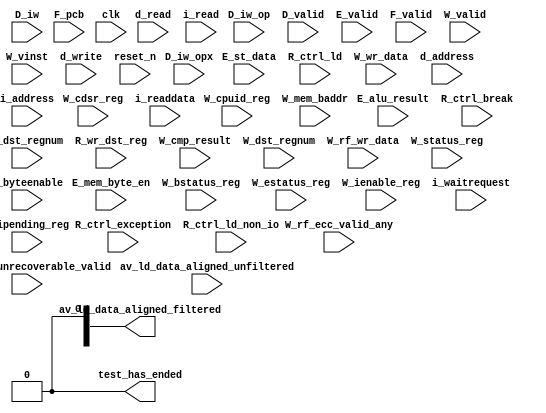
//Legal Notice: (C)2017 Altera Corporation. All rights reserved.  Your
//use of Altera Corporation's design tools, logic functions and other
//software and tools, and its AMPP partner logic functions, and any
//output files any of the foregoing (including device programming or
//simulation files), and any associated documentation or information are
//expressly subject to the terms and conditions of the Altera Program
//License Subscription Agreement or other applicable license agreement,
//including, without limitation, that your use is for the sole purpose
//of programming logic devices manufactured by Altera and sold by Altera
//or its authorized distributors.  Please refer to the applicable
//agreement for further details.

// synthesis translate_off
`timescale 1ns / 1ps
// synthesis translate_on

// turn off superfluous verilog processor warnings 
// altera message_level Level1 
// altera message_off 10034 10035 10036 10037 10230 10240 10030 

module multiprocessor_tutorial_main_system_cpu_top_cpu_test_bench (
                                                                    // inputs:
                                                                     D_iw,
                                                                     D_iw_op,
                                                                     D_iw_opx,
                                                                     D_valid,
                                                                     E_alu_result,
                                                                     E_mem_byte_en,
                                                                     E_st_data,
                                                                     E_valid,
                                                                     F_pcb,
                                                                     F_valid,
                                                                     R_ctrl_break,
                                                                     R_ctrl_exception,
                                                                     R_ctrl_ld,
                                                                     R_ctrl_ld_non_io,
                                                                     R_dst_regnum,
                                                                     R_wr_dst_reg,
                                                                     W_bstatus_reg,
                                                                     W_cdsr_reg,
                                                                     W_cmp_result,
                                                                     W_cpuid_reg,
                                                                     W_dst_regnum,
                                                                     W_estatus_reg,
                                                                     W_ienable_reg,
                                                                     W_ipending_reg,
                                                                     W_mem_baddr,
                                                                     W_rf_ecc_unrecoverable_valid,
                                                                     W_rf_ecc_valid_any,
                                                                     W_rf_wr_data,
                                                                     W_status_reg,
                                                                     W_valid,
                                                                     W_vinst,
                                                                     W_wr_data,
                                                                     av_ld_data_aligned_unfiltered,
                                                                     clk,
                                                                     d_address,
                                                                     d_byteenable,
                                                                     d_read,
                                                                     d_write,
                                                                     i_address,
                                                                     i_read,
                                                                     i_readdata,
                                                                     i_waitrequest,
                                                                     reset_n,

                                                                    // outputs:
                                                                     av_ld_data_aligned_filtered,
                                                                     test_has_ended
                                                                  )
;

  output  [ 31: 0] av_ld_data_aligned_filtered;
  output           test_has_ended;
  input   [ 31: 0] D_iw;
  input   [  5: 0] D_iw_op;
  input   [  5: 0] D_iw_opx;
  input            D_valid;
  input   [ 31: 0] E_alu_result;
  input   [  3: 0] E_mem_byte_en;
  input   [ 31: 0] E_st_data;
  input            E_valid;
  input   [ 18: 0] F_pcb;
  input            F_valid;
  input            R_ctrl_break;
  input            R_ctrl_exception;
  input            R_ctrl_ld;
  input            R_ctrl_ld_non_io;
  input   [  4: 0] R_dst_regnum;
  input            R_wr_dst_reg;
  input            W_bstatus_reg;
  input   [ 31: 0] W_cdsr_reg;
  input            W_cmp_result;
  input   [ 31: 0] W_cpuid_reg;
  input   [  4: 0] W_dst_regnum;
  input            W_estatus_reg;
  input   [ 31: 0] W_ienable_reg;
  input   [ 31: 0] W_ipending_reg;
  input   [ 18: 0] W_mem_baddr;
  input            W_rf_ecc_unrecoverable_valid;
  input            W_rf_ecc_valid_any;
  input   [ 31: 0] W_rf_wr_data;
  input            W_status_reg;
  input            W_valid;
  input   [ 71: 0] W_vinst;
  input   [ 31: 0] W_wr_data;
  input   [ 31: 0] av_ld_data_aligned_unfiltered;
  input            clk;
  input   [ 18: 0] d_address;
  input   [  3: 0] d_byteenable;
  input            d_read;
  input            d_write;
  input   [ 18: 0] i_address;
  input            i_read;
  input   [ 31: 0] i_readdata;
  input            i_waitrequest;
  input            reset_n;


wire             D_is_opx_inst;
wire             D_op_add;
wire             D_op_addi;
wire             D_op_and;
wire             D_op_andhi;
wire             D_op_andi;
wire             D_op_beq;
wire             D_op_bge;
wire             D_op_bgeu;
wire             D_op_blt;
wire             D_op_bltu;
wire             D_op_bne;
wire             D_op_br;
wire             D_op_break;
wire             D_op_bret;
wire             D_op_call;
wire             D_op_callr;
wire             D_op_cmpeq;
wire             D_op_cmpeqi;
wire             D_op_cmpge;
wire             D_op_cmpgei;
wire             D_op_cmpgeu;
wire             D_op_cmpgeui;
wire             D_op_cmplt;
wire             D_op_cmplti;
wire             D_op_cmpltu;
wire             D_op_cmpltui;
wire             D_op_cmpne;
wire             D_op_cmpnei;
wire             D_op_crst;
wire             D_op_custom;
wire             D_op_div;
wire             D_op_divu;
wire             D_op_eret;
wire             D_op_flushd;
wire             D_op_flushda;
wire             D_op_flushi;
wire             D_op_flushp;
wire             D_op_hbreak;
wire             D_op_initd;
wire             D_op_initda;
wire             D_op_initi;
wire             D_op_intr;
wire             D_op_jmp;
wire             D_op_jmpi;
wire             D_op_ldb;
wire             D_op_ldbio;
wire             D_op_ldbu;
wire             D_op_ldbuio;
wire             D_op_ldh;
wire             D_op_ldhio;
wire             D_op_ldhu;
wire             D_op_ldhuio;
wire             D_op_ldl;
wire             D_op_ldw;
wire             D_op_ldwio;
wire             D_op_mul;
wire             D_op_muli;
wire             D_op_mulxss;
wire             D_op_mulxsu;
wire             D_op_mulxuu;
wire             D_op_nextpc;
wire             D_op_nor;
wire             D_op_op_rsv02;
wire             D_op_op_rsv09;
wire             D_op_op_rsv10;
wire             D_op_op_rsv17;
wire             D_op_op_rsv18;
wire             D_op_op_rsv25;
wire             D_op_op_rsv26;
wire             D_op_op_rsv33;
wire             D_op_op_rsv34;
wire             D_op_op_rsv41;
wire             D_op_op_rsv42;
wire             D_op_op_rsv49;
wire             D_op_op_rsv57;
wire             D_op_op_rsv61;
wire             D_op_op_rsv62;
wire             D_op_op_rsv63;
wire             D_op_opx_rsv00;
wire             D_op_opx_rsv10;
wire             D_op_opx_rsv15;
wire             D_op_opx_rsv17;
wire             D_op_opx_rsv21;
wire             D_op_opx_rsv25;
wire             D_op_opx_rsv33;
wire             D_op_opx_rsv34;
wire             D_op_opx_rsv35;
wire             D_op_opx_rsv42;
wire             D_op_opx_rsv43;
wire             D_op_opx_rsv44;
wire             D_op_opx_rsv47;
wire             D_op_opx_rsv50;
wire             D_op_opx_rsv51;
wire             D_op_opx_rsv55;
wire             D_op_opx_rsv56;
wire             D_op_opx_rsv60;
wire             D_op_opx_rsv63;
wire             D_op_or;
wire             D_op_orhi;
wire             D_op_ori;
wire             D_op_rdctl;
wire             D_op_rdprs;
wire             D_op_ret;
wire             D_op_rol;
wire             D_op_roli;
wire             D_op_ror;
wire             D_op_sll;
wire             D_op_slli;
wire             D_op_sra;
wire             D_op_srai;
wire             D_op_srl;
wire             D_op_srli;
wire             D_op_stb;
wire             D_op_stbio;
wire             D_op_stc;
wire             D_op_sth;
wire             D_op_sthio;
wire             D_op_stw;
wire             D_op_stwio;
wire             D_op_sub;
wire             D_op_sync;
wire             D_op_trap;
wire             D_op_wrctl;
wire             D_op_wrprs;
wire             D_op_xor;
wire             D_op_xorhi;
wire             D_op_xori;
reg     [ 31: 0] W_bstatus_reg_prev;
wire             W_bstatus_reg_prev_is_x;
reg     [ 31: 0] W_cdsr_reg_prev;
wire             W_cdsr_reg_prev_is_x;
reg     [ 31: 0] W_cpuid_reg_prev;
wire             W_cpuid_reg_prev_is_x;
reg     [ 31: 0] W_estatus_reg_prev;
wire             W_estatus_reg_prev_is_x;
reg     [ 31: 0] W_ienable_reg_prev;
wire             W_ienable_reg_prev_is_x;
reg     [ 31: 0] W_ipending_reg_prev;
wire             W_ipending_reg_prev_is_x;
reg     [ 31: 0] W_status_reg_prev;
wire             W_status_reg_prev_is_x;
wire    [ 31: 0] av_ld_data_aligned_filtered;
wire             av_ld_data_aligned_unfiltered_0_is_x;
wire             av_ld_data_aligned_unfiltered_10_is_x;
wire             av_ld_data_aligned_unfiltered_11_is_x;
wire             av_ld_data_aligned_unfiltered_12_is_x;
wire             av_ld_data_aligned_unfiltered_13_is_x;
wire             av_ld_data_aligned_unfiltered_14_is_x;
wire             av_ld_data_aligned_unfiltered_15_is_x;
wire             av_ld_data_aligned_unfiltered_16_is_x;
wire             av_ld_data_aligned_unfiltered_17_is_x;
wire             av_ld_data_aligned_unfiltered_18_is_x;
wire             av_ld_data_aligned_unfiltered_19_is_x;
wire             av_ld_data_aligned_unfiltered_1_is_x;
wire             av_ld_data_aligned_unfiltered_20_is_x;
wire             av_ld_data_aligned_unfiltered_21_is_x;
wire             av_ld_data_aligned_unfiltered_22_is_x;
wire             av_ld_data_aligned_unfiltered_23_is_x;
wire             av_ld_data_aligned_unfiltered_24_is_x;
wire             av_ld_data_aligned_unfiltered_25_is_x;
wire             av_ld_data_aligned_unfiltered_26_is_x;
wire             av_ld_data_aligned_unfiltered_27_is_x;
wire             av_ld_data_aligned_unfiltered_28_is_x;
wire             av_ld_data_aligned_unfiltered_29_is_x;
wire             av_ld_data_aligned_unfiltered_2_is_x;
wire             av_ld_data_aligned_unfiltered_30_is_x;
wire             av_ld_data_aligned_unfiltered_31_is_x;
wire             av_ld_data_aligned_unfiltered_3_is_x;
wire             av_ld_data_aligned_unfiltered_4_is_x;
wire             av_ld_data_aligned_unfiltered_5_is_x;
wire             av_ld_data_aligned_unfiltered_6_is_x;
wire             av_ld_data_aligned_unfiltered_7_is_x;
wire             av_ld_data_aligned_unfiltered_8_is_x;
wire             av_ld_data_aligned_unfiltered_9_is_x;
wire             test_has_ended;
  assign D_op_call = D_iw_op == 0;
  assign D_op_jmpi = D_iw_op == 1;
  assign D_op_op_rsv02 = D_iw_op == 2;
  assign D_op_ldbu = D_iw_op == 3;
  assign D_op_addi = D_iw_op == 4;
  assign D_op_stb = D_iw_op == 5;
  assign D_op_br = D_iw_op == 6;
  assign D_op_ldb = D_iw_op == 7;
  assign D_op_cmpgei = D_iw_op == 8;
  assign D_op_op_rsv09 = D_iw_op == 9;
  assign D_op_op_rsv10 = D_iw_op == 10;
  assign D_op_ldhu = D_iw_op == 11;
  assign D_op_andi = D_iw_op == 12;
  assign D_op_sth = D_iw_op == 13;
  assign D_op_bge = D_iw_op == 14;
  assign D_op_ldh = D_iw_op == 15;
  assign D_op_cmplti = D_iw_op == 16;
  assign D_op_op_rsv17 = D_iw_op == 17;
  assign D_op_op_rsv18 = D_iw_op == 18;
  assign D_op_initda = D_iw_op == 19;
  assign D_op_ori = D_iw_op == 20;
  assign D_op_stw = D_iw_op == 21;
  assign D_op_blt = D_iw_op == 22;
  assign D_op_ldw = D_iw_op == 23;
  assign D_op_cmpnei = D_iw_op == 24;
  assign D_op_op_rsv25 = D_iw_op == 25;
  assign D_op_op_rsv26 = D_iw_op == 26;
  assign D_op_flushda = D_iw_op == 27;
  assign D_op_xori = D_iw_op == 28;
  assign D_op_stc = D_iw_op == 29;
  assign D_op_bne = D_iw_op == 30;
  assign D_op_ldl = D_iw_op == 31;
  assign D_op_cmpeqi = D_iw_op == 32;
  assign D_op_op_rsv33 = D_iw_op == 33;
  assign D_op_op_rsv34 = D_iw_op == 34;
  assign D_op_ldbuio = D_iw_op == 35;
  assign D_op_muli = D_iw_op == 36;
  assign D_op_stbio = D_iw_op == 37;
  assign D_op_beq = D_iw_op == 38;
  assign D_op_ldbio = D_iw_op == 39;
  assign D_op_cmpgeui = D_iw_op == 40;
  assign D_op_op_rsv41 = D_iw_op == 41;
  assign D_op_op_rsv42 = D_iw_op == 42;
  assign D_op_ldhuio = D_iw_op == 43;
  assign D_op_andhi = D_iw_op == 44;
  assign D_op_sthio = D_iw_op == 45;
  assign D_op_bgeu = D_iw_op == 46;
  assign D_op_ldhio = D_iw_op == 47;
  assign D_op_cmpltui = D_iw_op == 48;
  assign D_op_op_rsv49 = D_iw_op == 49;
  assign D_op_custom = D_iw_op == 50;
  assign D_op_initd = D_iw_op == 51;
  assign D_op_orhi = D_iw_op == 52;
  assign D_op_stwio = D_iw_op == 53;
  assign D_op_bltu = D_iw_op == 54;
  assign D_op_ldwio = D_iw_op == 55;
  assign D_op_rdprs = D_iw_op == 56;
  assign D_op_op_rsv57 = D_iw_op == 57;
  assign D_op_flushd = D_iw_op == 59;
  assign D_op_xorhi = D_iw_op == 60;
  assign D_op_op_rsv61 = D_iw_op == 61;
  assign D_op_op_rsv62 = D_iw_op == 62;
  assign D_op_op_rsv63 = D_iw_op == 63;
  assign D_op_opx_rsv00 = (D_iw_opx == 0) & D_is_opx_inst;
  assign D_op_eret = (D_iw_opx == 1) & D_is_opx_inst;
  assign D_op_roli = (D_iw_opx == 2) & D_is_opx_inst;
  assign D_op_rol = (D_iw_opx == 3) & D_is_opx_inst;
  assign D_op_flushp = (D_iw_opx == 4) & D_is_opx_inst;
  assign D_op_ret = (D_iw_opx == 5) & D_is_opx_inst;
  assign D_op_nor = (D_iw_opx == 6) & D_is_opx_inst;
  assign D_op_mulxuu = (D_iw_opx == 7) & D_is_opx_inst;
  assign D_op_cmpge = (D_iw_opx == 8) & D_is_opx_inst;
  assign D_op_bret = (D_iw_opx == 9) & D_is_opx_inst;
  assign D_op_opx_rsv10 = (D_iw_opx == 10) & D_is_opx_inst;
  assign D_op_ror = (D_iw_opx == 11) & D_is_opx_inst;
  assign D_op_flushi = (D_iw_opx == 12) & D_is_opx_inst;
  assign D_op_jmp = (D_iw_opx == 13) & D_is_opx_inst;
  assign D_op_and = (D_iw_opx == 14) & D_is_opx_inst;
  assign D_op_opx_rsv15 = (D_iw_opx == 15) & D_is_opx_inst;
  assign D_op_cmplt = (D_iw_opx == 16) & D_is_opx_inst;
  assign D_op_opx_rsv17 = (D_iw_opx == 17) & D_is_opx_inst;
  assign D_op_slli = (D_iw_opx == 18) & D_is_opx_inst;
  assign D_op_sll = (D_iw_opx == 19) & D_is_opx_inst;
  assign D_op_wrprs = (D_iw_opx == 20) & D_is_opx_inst;
  assign D_op_opx_rsv21 = (D_iw_opx == 21) & D_is_opx_inst;
  assign D_op_or = (D_iw_opx == 22) & D_is_opx_inst;
  assign D_op_mulxsu = (D_iw_opx == 23) & D_is_opx_inst;
  assign D_op_cmpne = (D_iw_opx == 24) & D_is_opx_inst;
  assign D_op_opx_rsv25 = (D_iw_opx == 25) & D_is_opx_inst;
  assign D_op_srli = (D_iw_opx == 26) & D_is_opx_inst;
  assign D_op_srl = (D_iw_opx == 27) & D_is_opx_inst;
  assign D_op_nextpc = (D_iw_opx == 28) & D_is_opx_inst;
  assign D_op_callr = (D_iw_opx == 29) & D_is_opx_inst;
  assign D_op_xor = (D_iw_opx == 30) & D_is_opx_inst;
  assign D_op_mulxss = (D_iw_opx == 31) & D_is_opx_inst;
  assign D_op_cmpeq = (D_iw_opx == 32) & D_is_opx_inst;
  assign D_op_opx_rsv33 = (D_iw_opx == 33) & D_is_opx_inst;
  assign D_op_opx_rsv34 = (D_iw_opx == 34) & D_is_opx_inst;
  assign D_op_opx_rsv35 = (D_iw_opx == 35) & D_is_opx_inst;
  assign D_op_divu = (D_iw_opx == 36) & D_is_opx_inst;
  assign D_op_div = (D_iw_opx == 37) & D_is_opx_inst;
  assign D_op_rdctl = (D_iw_opx == 38) & D_is_opx_inst;
  assign D_op_mul = (D_iw_opx == 39) & D_is_opx_inst;
  assign D_op_cmpgeu = (D_iw_opx == 40) & D_is_opx_inst;
  assign D_op_initi = (D_iw_opx == 41) & D_is_opx_inst;
  assign D_op_opx_rsv42 = (D_iw_opx == 42) & D_is_opx_inst;
  assign D_op_opx_rsv43 = (D_iw_opx == 43) & D_is_opx_inst;
  assign D_op_opx_rsv44 = (D_iw_opx == 44) & D_is_opx_inst;
  assign D_op_trap = (D_iw_opx == 45) & D_is_opx_inst;
  assign D_op_wrctl = (D_iw_opx == 46) & D_is_opx_inst;
  assign D_op_opx_rsv47 = (D_iw_opx == 47) & D_is_opx_inst;
  assign D_op_cmpltu = (D_iw_opx == 48) & D_is_opx_inst;
  assign D_op_add = (D_iw_opx == 49) & D_is_opx_inst;
  assign D_op_opx_rsv50 = (D_iw_opx == 50) & D_is_opx_inst;
  assign D_op_opx_rsv51 = (D_iw_opx == 51) & D_is_opx_inst;
  assign D_op_break = (D_iw_opx == 52) & D_is_opx_inst;
  assign D_op_hbreak = (D_iw_opx == 53) & D_is_opx_inst;
  assign D_op_sync = (D_iw_opx == 54) & D_is_opx_inst;
  assign D_op_opx_rsv55 = (D_iw_opx == 55) & D_is_opx_inst;
  assign D_op_opx_rsv56 = (D_iw_opx == 56) & D_is_opx_inst;
  assign D_op_sub = (D_iw_opx == 57) & D_is_opx_inst;
  assign D_op_srai = (D_iw_opx == 58) & D_is_opx_inst;
  assign D_op_sra = (D_iw_opx == 59) & D_is_opx_inst;
  assign D_op_opx_rsv60 = (D_iw_opx == 60) & D_is_opx_inst;
  assign D_op_intr = (D_iw_opx == 61) & D_is_opx_inst;
  assign D_op_crst = (D_iw_opx == 62) & D_is_opx_inst;
  assign D_op_opx_rsv63 = (D_iw_opx == 63) & D_is_opx_inst;
  assign D_is_opx_inst = D_iw_op == 58;
  assign test_has_ended = 1'b0;

//synthesis translate_off
//////////////// SIMULATION-ONLY CONTENTS
  //Clearing 'X' data bits
  assign av_ld_data_aligned_unfiltered_0_is_x = ^(av_ld_data_aligned_unfiltered[0]) === 1'bx;

  assign av_ld_data_aligned_filtered[0] = (av_ld_data_aligned_unfiltered_0_is_x & (R_ctrl_ld_non_io)) ? 1'b0 : av_ld_data_aligned_unfiltered[0];
  assign av_ld_data_aligned_unfiltered_1_is_x = ^(av_ld_data_aligned_unfiltered[1]) === 1'bx;
  assign av_ld_data_aligned_filtered[1] = (av_ld_data_aligned_unfiltered_1_is_x & (R_ctrl_ld_non_io)) ? 1'b0 : av_ld_data_aligned_unfiltered[1];
  assign av_ld_data_aligned_unfiltered_2_is_x = ^(av_ld_data_aligned_unfiltered[2]) === 1'bx;
  assign av_ld_data_aligned_filtered[2] = (av_ld_data_aligned_unfiltered_2_is_x & (R_ctrl_ld_non_io)) ? 1'b0 : av_ld_data_aligned_unfiltered[2];
  assign av_ld_data_aligned_unfiltered_3_is_x = ^(av_ld_data_aligned_unfiltered[3]) === 1'bx;
  assign av_ld_data_aligned_filtered[3] = (av_ld_data_aligned_unfiltered_3_is_x & (R_ctrl_ld_non_io)) ? 1'b0 : av_ld_data_aligned_unfiltered[3];
  assign av_ld_data_aligned_unfiltered_4_is_x = ^(av_ld_data_aligned_unfiltered[4]) === 1'bx;
  assign av_ld_data_aligned_filtered[4] = (av_ld_data_aligned_unfiltered_4_is_x & (R_ctrl_ld_non_io)) ? 1'b0 : av_ld_data_aligned_unfiltered[4];
  assign av_ld_data_aligned_unfiltered_5_is_x = ^(av_ld_data_aligned_unfiltered[5]) === 1'bx;
  assign av_ld_data_aligned_filtered[5] = (av_ld_data_aligned_unfiltered_5_is_x & (R_ctrl_ld_non_io)) ? 1'b0 : av_ld_data_aligned_unfiltered[5];
  assign av_ld_data_aligned_unfiltered_6_is_x = ^(av_ld_data_aligned_unfiltered[6]) === 1'bx;
  assign av_ld_data_aligned_filtered[6] = (av_ld_data_aligned_unfiltered_6_is_x & (R_ctrl_ld_non_io)) ? 1'b0 : av_ld_data_aligned_unfiltered[6];
  assign av_ld_data_aligned_unfiltered_7_is_x = ^(av_ld_data_aligned_unfiltered[7]) === 1'bx;
  assign av_ld_data_aligned_filtered[7] = (av_ld_data_aligned_unfiltered_7_is_x & (R_ctrl_ld_non_io)) ? 1'b0 : av_ld_data_aligned_unfiltered[7];
  assign av_ld_data_aligned_unfiltered_8_is_x = ^(av_ld_data_aligned_unfiltered[8]) === 1'bx;
  assign av_ld_data_aligned_filtered[8] = (av_ld_data_aligned_unfiltered_8_is_x & (R_ctrl_ld_non_io)) ? 1'b0 : av_ld_data_aligned_unfiltered[8];
  assign av_ld_data_aligned_unfiltered_9_is_x = ^(av_ld_data_aligned_unfiltered[9]) === 1'bx;
  assign av_ld_data_aligned_filtered[9] = (av_ld_data_aligned_unfiltered_9_is_x & (R_ctrl_ld_non_io)) ? 1'b0 : av_ld_data_aligned_unfiltered[9];
  assign av_ld_data_aligned_unfiltered_10_is_x = ^(av_ld_data_aligned_unfiltered[10]) === 1'bx;
  assign av_ld_data_aligned_filtered[10] = (av_ld_data_aligned_unfiltered_10_is_x & (R_ctrl_ld_non_io)) ? 1'b0 : av_ld_data_aligned_unfiltered[10];
  assign av_ld_data_aligned_unfiltered_11_is_x = ^(av_ld_data_aligned_unfiltered[11]) === 1'bx;
  assign av_ld_data_aligned_filtered[11] = (av_ld_data_aligned_unfiltered_11_is_x & (R_ctrl_ld_non_io)) ? 1'b0 : av_ld_data_aligned_unfiltered[11];
  assign av_ld_data_aligned_unfiltered_12_is_x = ^(av_ld_data_aligned_unfiltered[12]) === 1'bx;
  assign av_ld_data_aligned_filtered[12] = (av_ld_data_aligned_unfiltered_12_is_x & (R_ctrl_ld_non_io)) ? 1'b0 : av_ld_data_aligned_unfiltered[12];
  assign av_ld_data_aligned_unfiltered_13_is_x = ^(av_ld_data_aligned_unfiltered[13]) === 1'bx;
  assign av_ld_data_aligned_filtered[13] = (av_ld_data_aligned_unfiltered_13_is_x & (R_ctrl_ld_non_io)) ? 1'b0 : av_ld_data_aligned_unfiltered[13];
  assign av_ld_data_aligned_unfiltered_14_is_x = ^(av_ld_data_aligned_unfiltered[14]) === 1'bx;
  assign av_ld_data_aligned_filtered[14] = (av_ld_data_aligned_unfiltered_14_is_x & (R_ctrl_ld_non_io)) ? 1'b0 : av_ld_data_aligned_unfiltered[14];
  assign av_ld_data_aligned_unfiltered_15_is_x = ^(av_ld_data_aligned_unfiltered[15]) === 1'bx;
  assign av_ld_data_aligned_filtered[15] = (av_ld_data_aligned_unfiltered_15_is_x & (R_ctrl_ld_non_io)) ? 1'b0 : av_ld_data_aligned_unfiltered[15];
  assign av_ld_data_aligned_unfiltered_16_is_x = ^(av_ld_data_aligned_unfiltered[16]) === 1'bx;
  assign av_ld_data_aligned_filtered[16] = (av_ld_data_aligned_unfiltered_16_is_x & (R_ctrl_ld_non_io)) ? 1'b0 : av_ld_data_aligned_unfiltered[16];
  assign av_ld_data_aligned_unfiltered_17_is_x = ^(av_ld_data_aligned_unfiltered[17]) === 1'bx;
  assign av_ld_data_aligned_filtered[17] = (av_ld_data_aligned_unfiltered_17_is_x & (R_ctrl_ld_non_io)) ? 1'b0 : av_ld_data_aligned_unfiltered[17];
  assign av_ld_data_aligned_unfiltered_18_is_x = ^(av_ld_data_aligned_unfiltered[18]) === 1'bx;
  assign av_ld_data_aligned_filtered[18] = (av_ld_data_aligned_unfiltered_18_is_x & (R_ctrl_ld_non_io)) ? 1'b0 : av_ld_data_aligned_unfiltered[18];
  assign av_ld_data_aligned_unfiltered_19_is_x = ^(av_ld_data_aligned_unfiltered[19]) === 1'bx;
  assign av_ld_data_aligned_filtered[19] = (av_ld_data_aligned_unfiltered_19_is_x & (R_ctrl_ld_non_io)) ? 1'b0 : av_ld_data_aligned_unfiltered[19];
  assign av_ld_data_aligned_unfiltered_20_is_x = ^(av_ld_data_aligned_unfiltered[20]) === 1'bx;
  assign av_ld_data_aligned_filtered[20] = (av_ld_data_aligned_unfiltered_20_is_x & (R_ctrl_ld_non_io)) ? 1'b0 : av_ld_data_aligned_unfiltered[20];
  assign av_ld_data_aligned_unfiltered_21_is_x = ^(av_ld_data_aligned_unfiltered[21]) === 1'bx;
  assign av_ld_data_aligned_filtered[21] = (av_ld_data_aligned_unfiltered_21_is_x & (R_ctrl_ld_non_io)) ? 1'b0 : av_ld_data_aligned_unfiltered[21];
  assign av_ld_data_aligned_unfiltered_22_is_x = ^(av_ld_data_aligned_unfiltered[22]) === 1'bx;
  assign av_ld_data_aligned_filtered[22] = (av_ld_data_aligned_unfiltered_22_is_x & (R_ctrl_ld_non_io)) ? 1'b0 : av_ld_data_aligned_unfiltered[22];
  assign av_ld_data_aligned_unfiltered_23_is_x = ^(av_ld_data_aligned_unfiltered[23]) === 1'bx;
  assign av_ld_data_aligned_filtered[23] = (av_ld_data_aligned_unfiltered_23_is_x & (R_ctrl_ld_non_io)) ? 1'b0 : av_ld_data_aligned_unfiltered[23];
  assign av_ld_data_aligned_unfiltered_24_is_x = ^(av_ld_data_aligned_unfiltered[24]) === 1'bx;
  assign av_ld_data_aligned_filtered[24] = (av_ld_data_aligned_unfiltered_24_is_x & (R_ctrl_ld_non_io)) ? 1'b0 : av_ld_data_aligned_unfiltered[24];
  assign av_ld_data_aligned_unfiltered_25_is_x = ^(av_ld_data_aligned_unfiltered[25]) === 1'bx;
  assign av_ld_data_aligned_filtered[25] = (av_ld_data_aligned_unfiltered_25_is_x & (R_ctrl_ld_non_io)) ? 1'b0 : av_ld_data_aligned_unfiltered[25];
  assign av_ld_data_aligned_unfiltered_26_is_x = ^(av_ld_data_aligned_unfiltered[26]) === 1'bx;
  assign av_ld_data_aligned_filtered[26] = (av_ld_data_aligned_unfiltered_26_is_x & (R_ctrl_ld_non_io)) ? 1'b0 : av_ld_data_aligned_unfiltered[26];
  assign av_ld_data_aligned_unfiltered_27_is_x = ^(av_ld_data_aligned_unfiltered[27]) === 1'bx;
  assign av_ld_data_aligned_filtered[27] = (av_ld_data_aligned_unfiltered_27_is_x & (R_ctrl_ld_non_io)) ? 1'b0 : av_ld_data_aligned_unfiltered[27];
  assign av_ld_data_aligned_unfiltered_28_is_x = ^(av_ld_data_aligned_unfiltered[28]) === 1'bx;
  assign av_ld_data_aligned_filtered[28] = (av_ld_data_aligned_unfiltered_28_is_x & (R_ctrl_ld_non_io)) ? 1'b0 : av_ld_data_aligned_unfiltered[28];
  assign av_ld_data_aligned_unfiltered_29_is_x = ^(av_ld_data_aligned_unfiltered[29]) === 1'bx;
  assign av_ld_data_aligned_filtered[29] = (av_ld_data_aligned_unfiltered_29_is_x & (R_ctrl_ld_non_io)) ? 1'b0 : av_ld_data_aligned_unfiltered[29];
  assign av_ld_data_aligned_unfiltered_30_is_x = ^(av_ld_data_aligned_unfiltered[30]) === 1'bx;
  assign av_ld_data_aligned_filtered[30] = (av_ld_data_aligned_unfiltered_30_is_x & (R_ctrl_ld_non_io)) ? 1'b0 : av_ld_data_aligned_unfiltered[30];
  assign av_ld_data_aligned_unfiltered_31_is_x = ^(av_ld_data_aligned_unfiltered[31]) === 1'bx;
  assign av_ld_data_aligned_filtered[31] = (av_ld_data_aligned_unfiltered_31_is_x & (R_ctrl_ld_non_io)) ? 1'b0 : av_ld_data_aligned_unfiltered[31];
  always @(posedge clk)
    begin
      if (reset_n)
          if (^(F_valid) === 1'bx)
            begin
              $write("%0d ns: ERROR: multiprocessor_tutorial_main_system_cpu_top_cpu_test_bench/F_valid is 'x'\n", $time);
              $stop;
            end
    end


  always @(posedge clk)
    begin
      if (reset_n)
          if (^(D_valid) === 1'bx)
            begin
              $write("%0d ns: ERROR: multiprocessor_tutorial_main_system_cpu_top_cpu_test_bench/D_valid is 'x'\n", $time);
              $stop;
            end
    end


  always @(posedge clk)
    begin
      if (reset_n)
          if (^(E_valid) === 1'bx)
            begin
              $write("%0d ns: ERROR: multiprocessor_tutorial_main_system_cpu_top_cpu_test_bench/E_valid is 'x'\n", $time);
              $stop;
            end
    end


  always @(posedge clk)
    begin
      if (reset_n)
          if (^(W_valid) === 1'bx)
            begin
              $write("%0d ns: ERROR: multiprocessor_tutorial_main_system_cpu_top_cpu_test_bench/W_valid is 'x'\n", $time);
              $stop;
            end
    end


  always @(posedge clk or negedge reset_n)
    begin
      if (reset_n == 0)
        begin
        end
      else if (W_valid)
          if (^(R_wr_dst_reg) === 1'bx)
            begin
              $write("%0d ns: ERROR: multiprocessor_tutorial_main_system_cpu_top_cpu_test_bench/R_wr_dst_reg is 'x'\n", $time);
              $stop;
            end
    end


  always @(posedge clk or negedge reset_n)
    begin
      if (reset_n == 0)
        begin
        end
      else if (W_valid & R_wr_dst_reg)
          if (^(W_wr_data) === 1'bx)
            begin
              $write("%0d ns: ERROR: multiprocessor_tutorial_main_system_cpu_top_cpu_test_bench/W_wr_data is 'x'\n", $time);
              $stop;
            end
    end


  always @(posedge clk or negedge reset_n)
    begin
      if (reset_n == 0)
        begin
        end
      else if (W_valid & R_wr_dst_reg)
          if (^(R_dst_regnum) === 1'bx)
            begin
              $write("%0d ns: ERROR: multiprocessor_tutorial_main_system_cpu_top_cpu_test_bench/R_dst_regnum is 'x'\n", $time);
              $stop;
            end
    end


  always @(posedge clk)
    begin
      if (reset_n)
          if (^(d_write) === 1'bx)
            begin
              $write("%0d ns: ERROR: multiprocessor_tutorial_main_system_cpu_top_cpu_test_bench/d_write is 'x'\n", $time);
              $stop;
            end
    end


  always @(posedge clk or negedge reset_n)
    begin
      if (reset_n == 0)
        begin
        end
      else if (d_write)
          if (^(d_byteenable) === 1'bx)
            begin
              $write("%0d ns: ERROR: multiprocessor_tutorial_main_system_cpu_top_cpu_test_bench/d_byteenable is 'x'\n", $time);
              $stop;
            end
    end


  always @(posedge clk or negedge reset_n)
    begin
      if (reset_n == 0)
        begin
        end
      else if (d_write | d_read)
          if (^(d_address) === 1'bx)
            begin
              $write("%0d ns: ERROR: multiprocessor_tutorial_main_system_cpu_top_cpu_test_bench/d_address is 'x'\n", $time);
              $stop;
            end
    end


  always @(posedge clk)
    begin
      if (reset_n)
          if (^(d_read) === 1'bx)
            begin
              $write("%0d ns: ERROR: multiprocessor_tutorial_main_system_cpu_top_cpu_test_bench/d_read is 'x'\n", $time);
              $stop;
            end
    end


  always @(posedge clk)
    begin
      if (reset_n)
          if (^(i_read) === 1'bx)
            begin
              $write("%0d ns: ERROR: multiprocessor_tutorial_main_system_cpu_top_cpu_test_bench/i_read is 'x'\n", $time);
              $stop;
            end
    end


  always @(posedge clk or negedge reset_n)
    begin
      if (reset_n == 0)
        begin
        end
      else if (i_read)
          if (^(i_address) === 1'bx)
            begin
              $write("%0d ns: ERROR: multiprocessor_tutorial_main_system_cpu_top_cpu_test_bench/i_address is 'x'\n", $time);
              $stop;
            end
    end


  always @(posedge clk or negedge reset_n)
    begin
      if (reset_n == 0)
        begin
        end
      else if (i_read & ~i_waitrequest)
          if (^(i_readdata) === 1'bx)
            begin
              $write("%0d ns: ERROR: multiprocessor_tutorial_main_system_cpu_top_cpu_test_bench/i_readdata is 'x'\n", $time);
              $stop;
            end
    end


  always @(posedge clk or negedge reset_n)
    begin
      if (reset_n == 0)
        begin
        end
      else if (W_valid & R_ctrl_ld)
          if (^(av_ld_data_aligned_unfiltered) === 1'bx)
            begin
              $write("%0d ns: WARNING: multiprocessor_tutorial_main_system_cpu_top_cpu_test_bench/av_ld_data_aligned_unfiltered is 'x'\n", $time);
            end
    end


  always @(posedge clk or negedge reset_n)
    begin
      if (reset_n == 0)
        begin
        end
      else if (W_valid & R_wr_dst_reg)
          if (^(W_wr_data) === 1'bx)
            begin
              $write("%0d ns: WARNING: multiprocessor_tutorial_main_system_cpu_top_cpu_test_bench/W_wr_data is 'x'\n", $time);
            end
    end


  
  reg [31:0] trace_handle; // for $fopen
  initial  
  begin
    trace_handle = $fopen("multiprocessor_tutorial_main_system_cpu_top_cpu.tr");
    $fwrite(trace_handle, "HeaderStart\nVersion 0\nCpuCoreName NiosII/e2\nCpuInstanceName multiprocessor_tutorial_main_system_cpu_top_cpu\nCpuArchName Nios2\nCpuArchRev R1\nCtrlRegPresent 0\nCtrlRegPresent 1\nCtrlRegPresent 2\nCtrlRegPresent 3\nCtrlRegPresent 4\nCtrlRegPresent 5\nCtrlRegPresent 1f\nHeaderEnd\n");
  end
  assign W_status_reg_prev_is_x = ^(W_status_reg_prev) === 1'bx;
  assign W_estatus_reg_prev_is_x = ^(W_estatus_reg_prev) === 1'bx;
  assign W_bstatus_reg_prev_is_x = ^(W_bstatus_reg_prev) === 1'bx;
  assign W_ienable_reg_prev_is_x = ^(W_ienable_reg_prev) === 1'bx;
  assign W_ipending_reg_prev_is_x = ^(W_ipending_reg_prev) === 1'bx;
  assign W_cpuid_reg_prev_is_x = ^(W_cpuid_reg_prev) === 1'bx;
  assign W_cdsr_reg_prev_is_x = ^(W_cdsr_reg_prev) === 1'bx;
  always @(posedge clk)
    begin
      if (~test_has_ended)
        begin
          if ((W_status_reg != W_status_reg_prev) || W_status_reg_prev_is_x)
            begin
              $fwrite(trace_handle, "%0d ns: %0h,%0h,%0h\n", $time, 4, 0, W_status_reg);
              W_status_reg_prev <= W_status_reg;
            end
          if ((W_estatus_reg != W_estatus_reg_prev) || W_estatus_reg_prev_is_x)
            begin
              $fwrite(trace_handle, "%0d ns: %0h,%0h,%0h\n", $time, 4, 1, W_estatus_reg);
              W_estatus_reg_prev <= W_estatus_reg;
            end
          if ((W_bstatus_reg != W_bstatus_reg_prev) || W_bstatus_reg_prev_is_x)
            begin
              $fwrite(trace_handle, "%0d ns: %0h,%0h,%0h\n", $time, 4, 2, W_bstatus_reg);
              W_bstatus_reg_prev <= W_bstatus_reg;
            end
          if ((W_ienable_reg != W_ienable_reg_prev) || W_ienable_reg_prev_is_x)
            begin
              $fwrite(trace_handle, "%0d ns: %0h,%0h,%0h\n", $time, 4, 3, W_ienable_reg);
              W_ienable_reg_prev <= W_ienable_reg;
            end
          if ((W_ipending_reg != W_ipending_reg_prev) || W_ipending_reg_prev_is_x)
            begin
              $fwrite(trace_handle, "%0d ns: %0h,%0h,%0h\n", $time, 4, 4, W_ipending_reg);
              W_ipending_reg_prev <= W_ipending_reg;
            end
          if ((W_cpuid_reg != W_cpuid_reg_prev) || W_cpuid_reg_prev_is_x)
            begin
              $fwrite(trace_handle, "%0d ns: %0h,%0h,%0h\n", $time, 4, 5, W_cpuid_reg);
              W_cpuid_reg_prev <= W_cpuid_reg;
            end
          if ((W_cdsr_reg != W_cdsr_reg_prev) || W_cdsr_reg_prev_is_x)
            begin
              $fwrite(trace_handle, "%0d ns: %0h,%0h,%0h\n", $time, 4, 31, W_cdsr_reg);
              W_cdsr_reg_prev <= W_cdsr_reg;
            end
          if (~reset_n)
              $fwrite(trace_handle, "%0d ns: %0h,%0h\n", $time, 0, 0);
          else if (D_op_hbreak & W_valid)
              $fwrite(trace_handle, "%0d ns: %0h,%0h,%0h,%0h,%0h\n", $time, 1, F_pcb, R_wr_dst_reg|W_rf_ecc_valid_any, W_dst_regnum, W_rf_wr_data);
          else if (W_valid & D_op_intr)
              $fwrite(trace_handle, "%0d ns: %0h,%0h,%0h,%0h,%0h\n", $time, 2, F_pcb, R_wr_dst_reg|W_rf_ecc_valid_any, W_dst_regnum, W_rf_wr_data);
          else if (W_valid | W_rf_ecc_unrecoverable_valid)
              $fwrite(trace_handle, "%0d ns: %0h,%0h,%0h,%0h,%0h,%0h,%0h,%0h,%0h,%0h,%0h,%0h,%0h\n", $time, 3, R_ctrl_exception | R_ctrl_break | W_rf_ecc_unrecoverable_valid, F_pcb, ~(D_op_intr | D_op_hbreak), D_iw, R_wr_dst_reg|W_rf_ecc_valid_any, W_dst_regnum, W_rf_wr_data, W_mem_baddr, E_st_data, E_mem_byte_en, W_cmp_result, E_alu_result);
        end
    end



//////////////// END SIMULATION-ONLY CONTENTS

//synthesis translate_on
//synthesis read_comments_as_HDL on
//  
//  assign av_ld_data_aligned_filtered = av_ld_data_aligned_unfiltered;
//
//synthesis read_comments_as_HDL off

endmodule